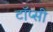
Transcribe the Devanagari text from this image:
टॉप्सी